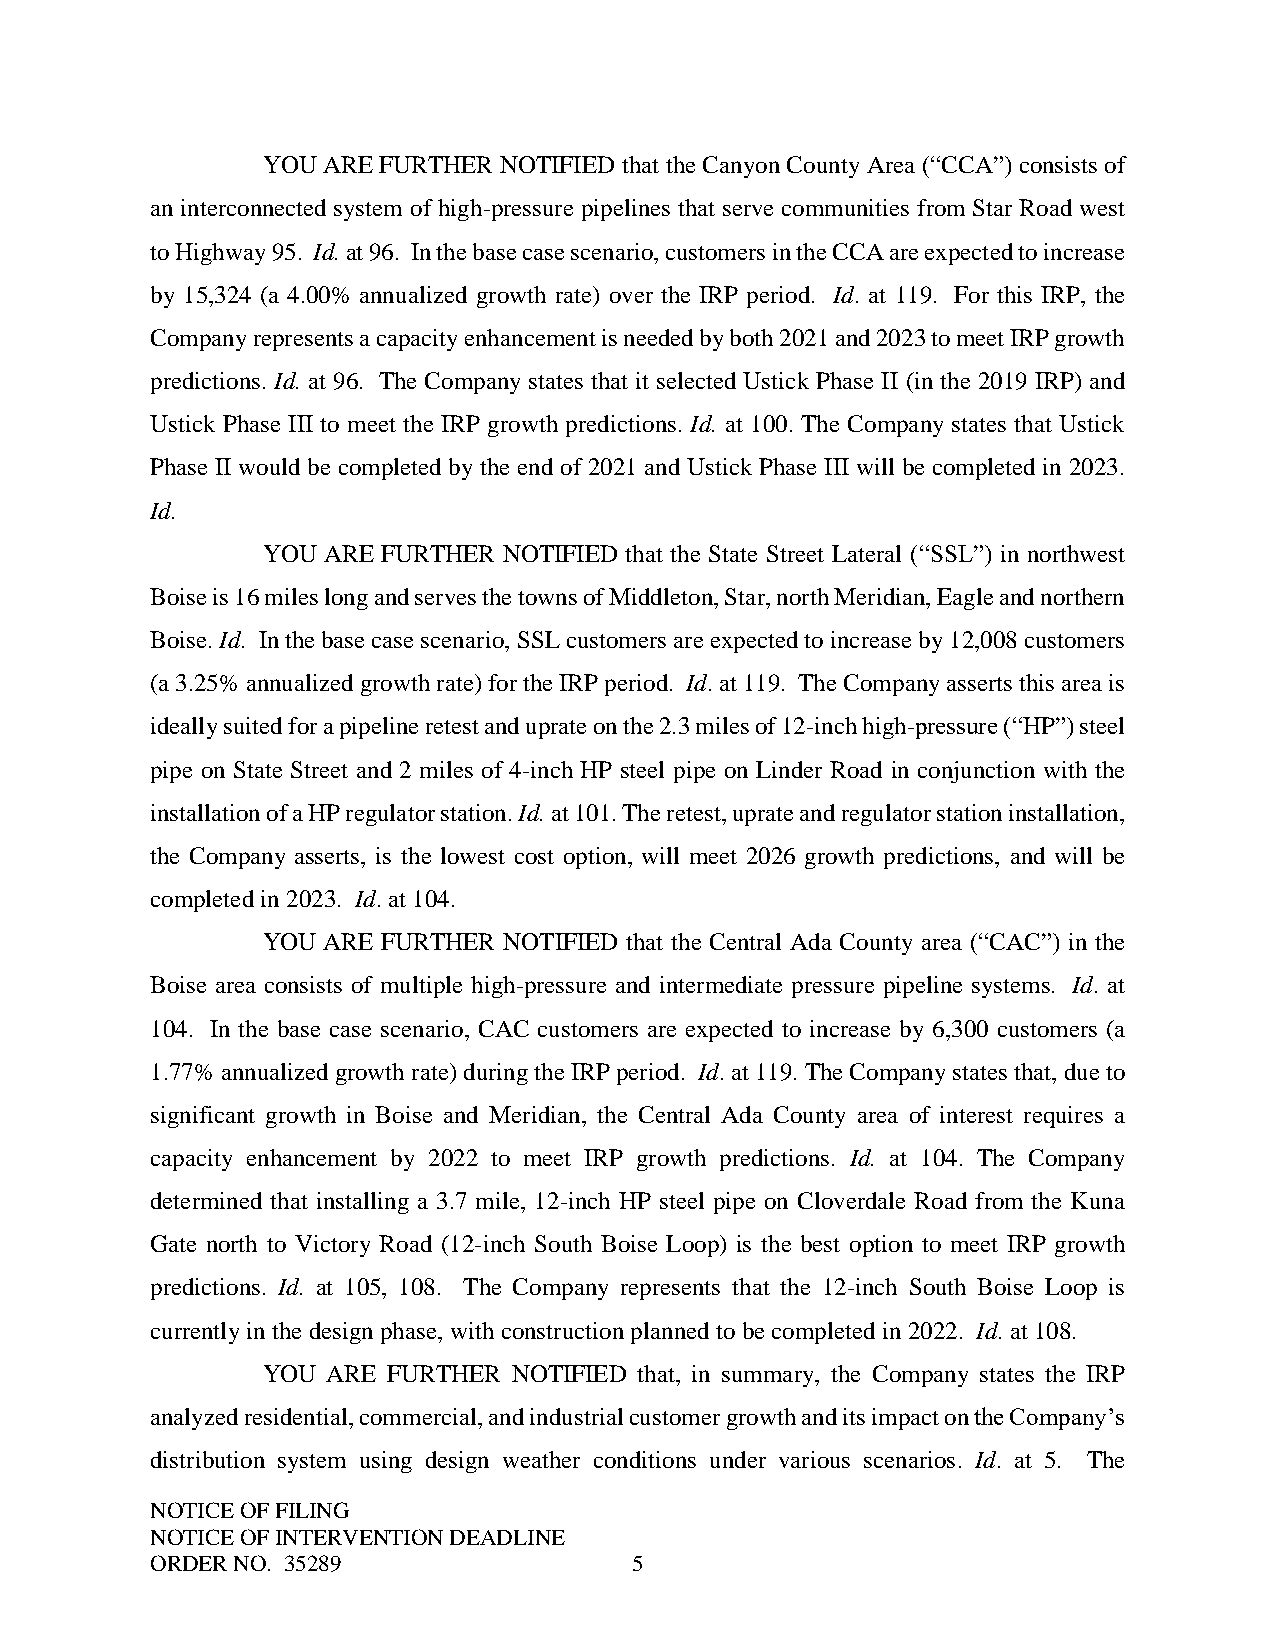
YOU ARE FURTHER NOTIFIED that the Canyon County Area (“CCA”) consists of
 an interconnected system of high-pressure pipelines that serve communities from Star Road west
 to Highway 95. Id. at 96. In the base case scenario, customers in the CCA are expected to increase
 by 15,324 (a 4.00% annualized growth rate) over the IRP period. Id. at 119. For this IRP, the
 Company represents a capacity enhancement is needed by both 2021 and 2023 to meet IRP growth
 predictions. Id. at 96. The Company states that it selected Ustick Phase II (in the 2019 IRP) and
 Ustick Phase III to meet the IRP growth predictions. Id. at 100. The Company states that Ustick
 Phase II would be completed by the end of 2021 and Ustick Phase III will be completed in 2023.
 Id.
 YOU ARE FURTHER NOTIFIED that the State Street Lateral (“SSL”) in northwest
 Boise is 16 miles long and serves the towns of Middleton, Star, north Meridian, Eagle and northern
 Boise. Id. In the base case scenario, SSL customers are expected to increase by 12,008 customers
 (a 3.25% annualized growth rate) for the IRP period. Id. at 119. The Company asserts this area is
 ideally suited for a pipeline retest and uprate on the 2.3 miles of 12-inch high-pressure (“HP”) steel
 pipe on State Street and 2 miles of 4-inch HP steel pipe on Linder Road in conjunction with the
 installation of a HP regulator station. Id. at 101. The retest, uprate and regulator station installation,
 the Company asserts, is the lowest cost option, will meet 2026 growth predictions, and will be
 completed in 2023. Id. at 104.
 YOU ARE FURTHER NOTIFIED that the Central Ada County area (“CAC”) in the
 Boise area consists of multiple high-pressure and intermediate pressure pipeline systems. Id. at
 104. In the base case scenario, CAC customers are expected to increase by 6,300 customers (a
 1.77% annualized growth rate) during the IRP period. Id. at 119. The Company states that, due to
 significant growth in Boise and Meridian, the Central Ada County area of interest requires a
 capacity enhancement by 2022 to meet IRP growth predictions. Id. at 104. The Company
 determined that installing a 3.7 mile, 12-inch HP steel pipe on Cloverdale Road from the Kuna
 Gate north to Victory Road (12-inch South Boise Loop) is the best option to meet IRP growth
 predictions. Id. at 105, 108. The Company represents that the 12-inch South Boise Loop is
 currently in the design phase, with construction planned to be completed in 2022. Id. at 108.
 YOU  ARE FURTHER NOTIFIED that, in summary, the Company states the IRP
 analyzed residential, commercial, and industrial customer growth and its impact on the Company’s
 distribution system using design weather conditions under various scenarios. Id. at 5. The
 NOTICE OF FILING
 NOTICE OF INTERVENTION DEADLINE
 ORDER NO. 35289                 5